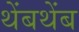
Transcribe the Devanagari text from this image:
थेंबथेंब